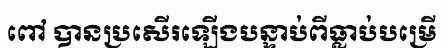
ពៅ បានប្រសើរឡើងបន្ទាប់ពីធ្លាប់បម្រើ